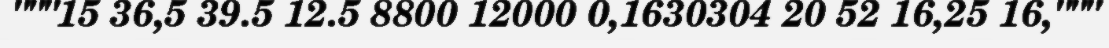
"""15 36,5 39.5 12.5 8800 12000 0,1630304 20 52 16,25 16,"""